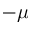
- \boldsymbol { \mu }